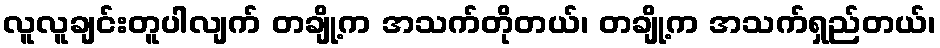
လူလူချင်းတူပါလျက် တချို့က အသက်တိုတယ်၊ တချို့က အသက်ရှည်တယ်၊